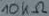
Text: 10KΩ